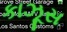
કાઝૂસ